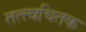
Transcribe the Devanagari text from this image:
तत्त्वचितक